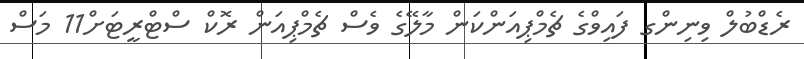
ރެޑްބުލް ވިނިންގ ފައިވްގެ ޗެމްޕިއަންކަން މާލޭގެ ވެސް ޗެމްޕިއަން ރޮކް ސްޓްރީޓަށް11 މަސް